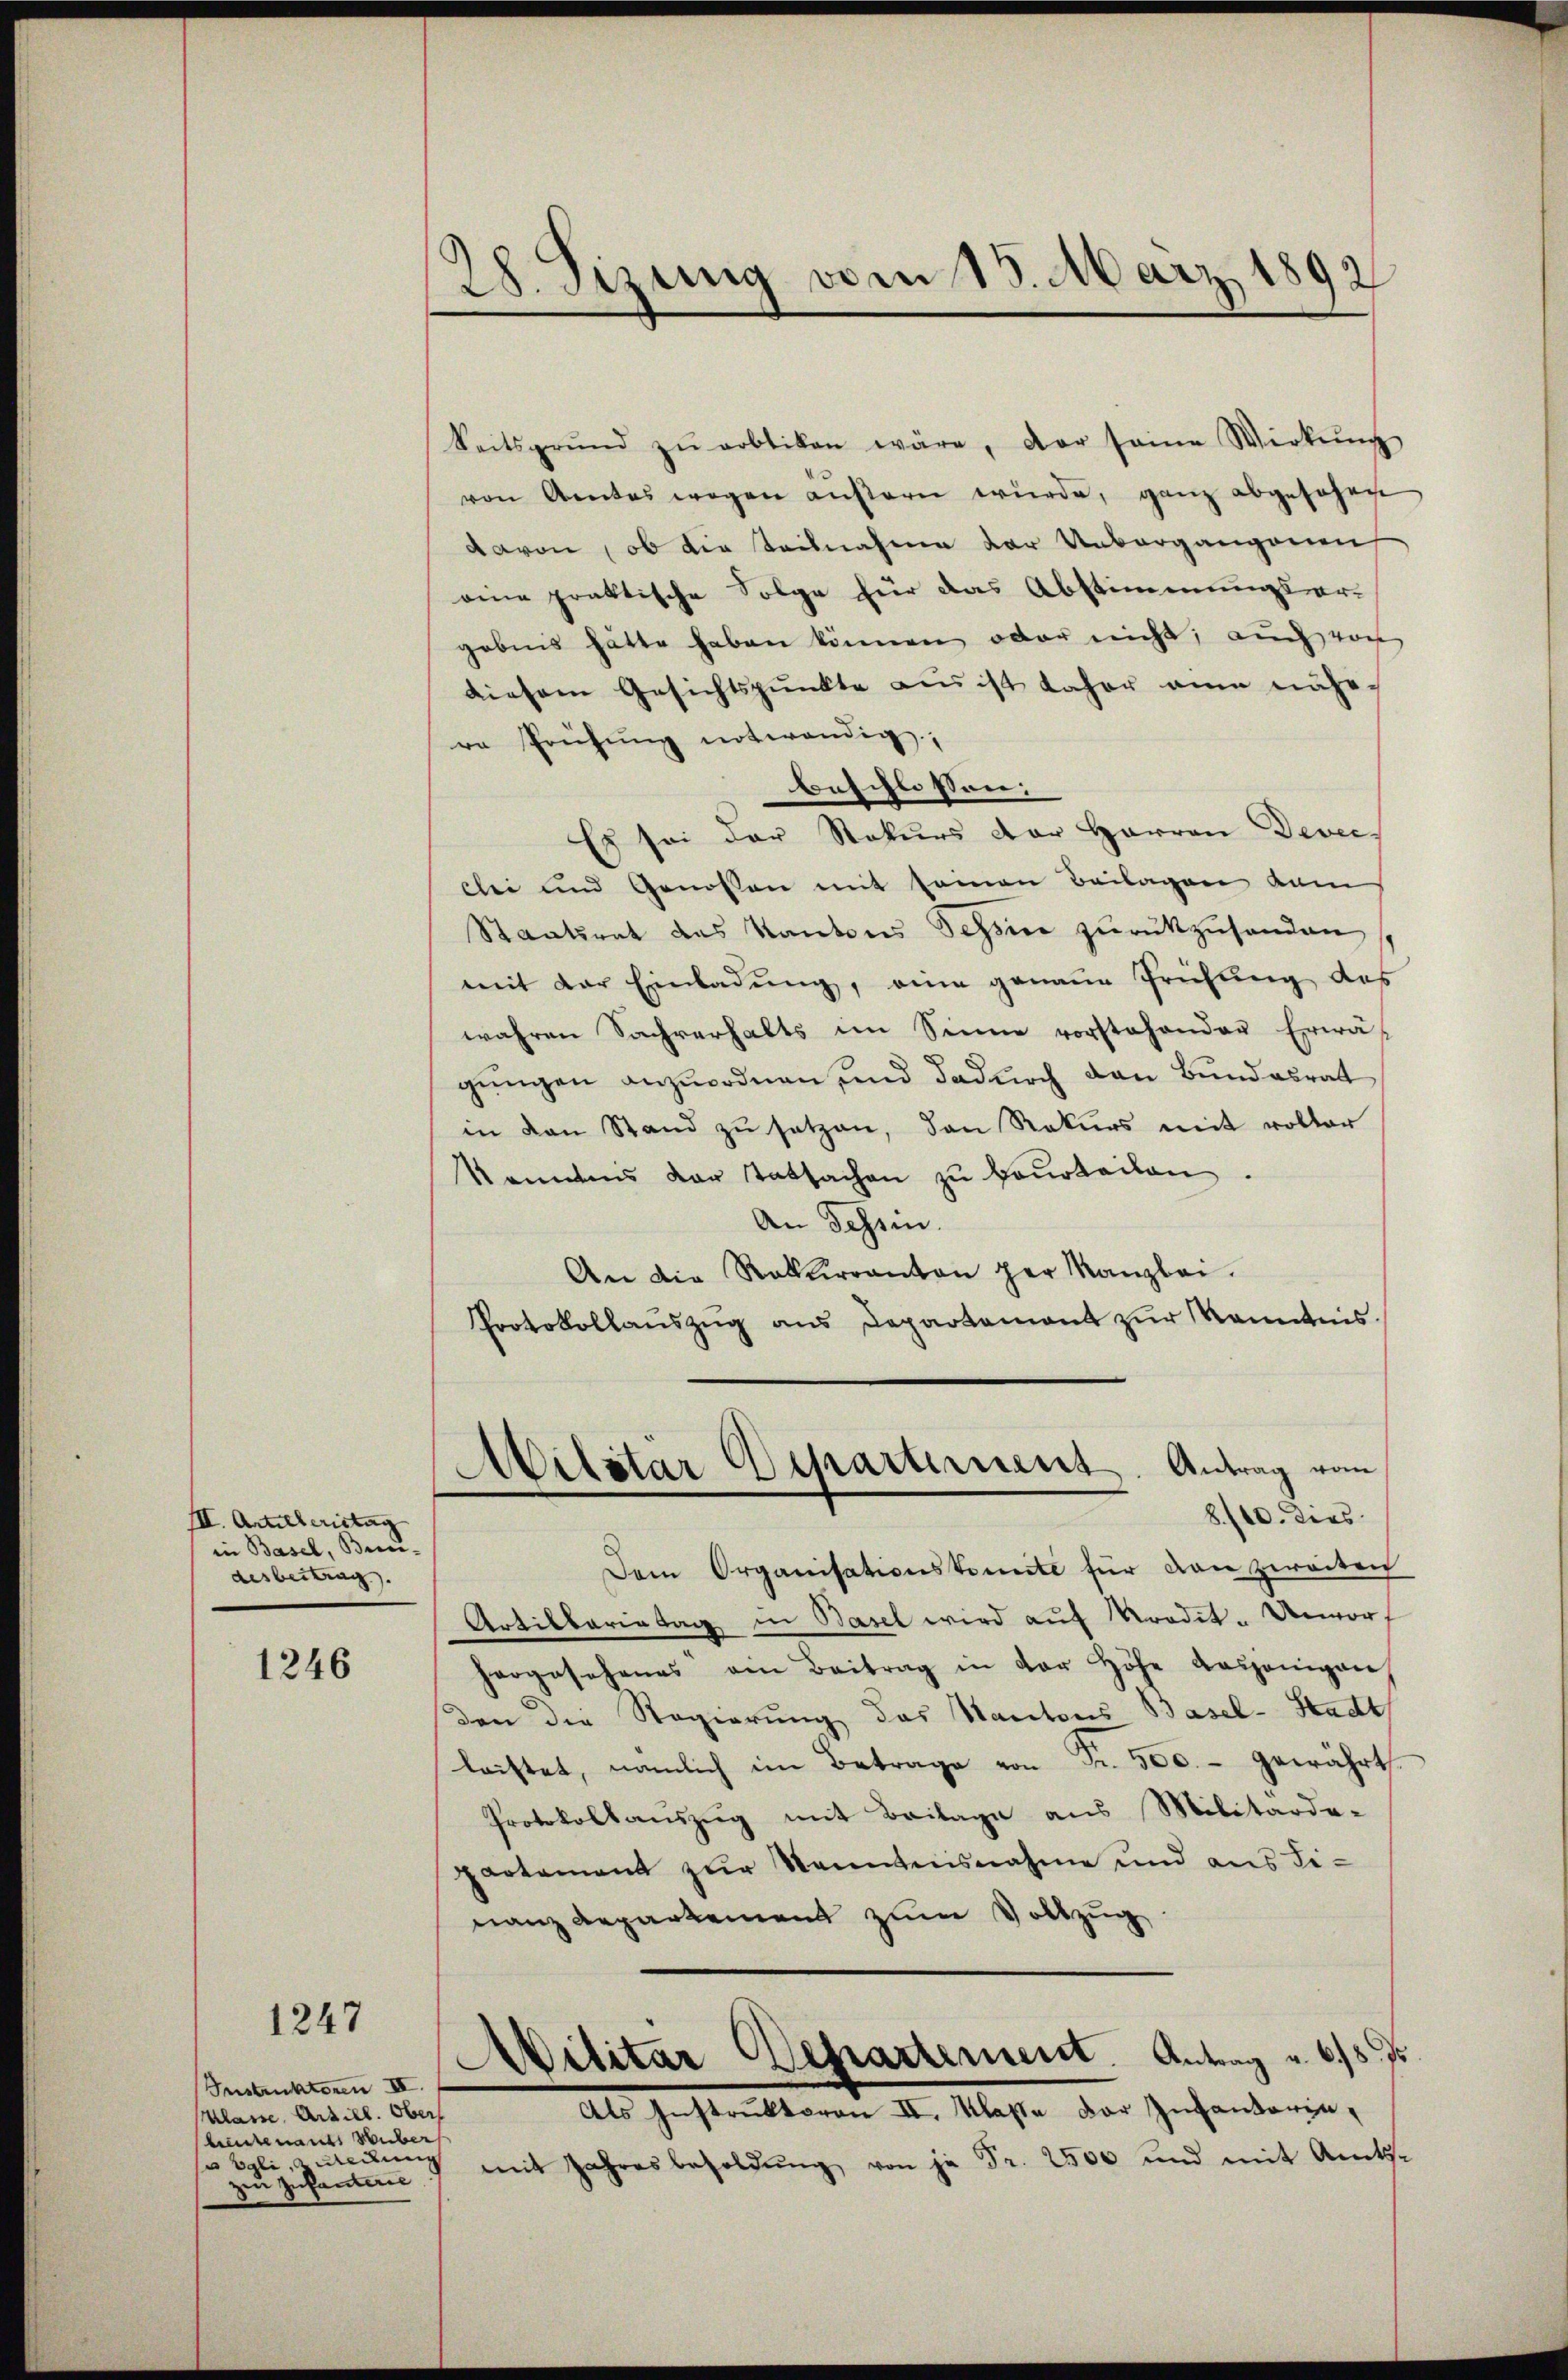
III. Articleristag
in Basel, Bei-
desbeitrag.). |

1246

1247

Instruktoren III.
Klasse, Artill. Obers
kreutenants Huber
s Egli redung
zu zufanterne

28. Sizung vom 15. März 1892

keitsgrund zŭ erbtiken wäre, der seine Wirkŭng
von Amtes wegen aŭβern würde, ganz abgesehen
davon, ob die teilnahme der Unbergangenen
eine praktische Folge für das Abstimmungsergebnis hätte haben können oder nicht; auch vor
diesem Gesichtspunkte aus ist daher ein nähe-
re Prüfŭng notwendig,
beschlossen:
Es sei der Rekurs der Harren Dever-
clei und Genossen mit seinen Beilagen kam
Staatsrat des Kantons Tessine zurückzusenden
mit der Einladung, eine genaue Prüfung des
wahren Sachverhalts im Sinne vorstehender Erwä-
gungen anzuordnen, und dadurch dann Bundesrat
in den Stand zŭ setzen, den Rekurs mit rottor
kanntens der Tatsachen zu beurteilen.
An Tessin.
An die Rekurranton per Kanzlei.
Protokollaŭszŭg ans Departement zŭr Kenntnis

Militar Departernent. Antrag vom
8./10. dies

Dem Organisationskomite für dan zweiten
Artillarietag in Basel wird auf Kredit-Unvorf
horgesehenes am Beitrag in der Höhe dasjenigen
den die Regierung das Kantons Basel-Stadt
leistet, nämlich im Betrage von Fr. 500.- gewährt.
Protokollauszug mit Beilage aus Militarde-
partement zur Kenntnisnahme und aus Tiranz Repartement zum Vollzug.
Militar Departement. Antrag u. 615 f.
Als Instruktoren II. Klasse der Infanterin,
mit Jahresbesoldŭng von je Fr. 2500 und mit Amts¬